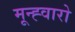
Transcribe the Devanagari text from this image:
मून्ह्वारो